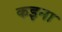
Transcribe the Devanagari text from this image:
कइना